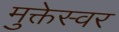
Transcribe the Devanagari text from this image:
मुक्तेस्वर